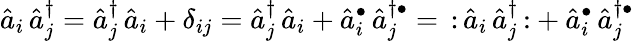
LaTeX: {\hat{a}}_{i}\, {\hat{a}}_{j}^{\dagger}={\hat{a}}_{j}^{\dagger}\, {\hat{a}}_{i}+\delta_{ij}={\hat{a}}_{j}^{\dagger}\, {\hat{a}}_{i}+{\hat{a}}_{i}^{\bullet}\, {\hat{a}}_{j}^{\dagger\bullet}=\, {\mathopen{:}}\, {\hat{a}}_{i}\, {\hat{a}}_{j}^{\dagger}\, {\mathclose{:}}+{\hat{a}}_{i}^{\bullet}\, {\hat{a}}_{j}^{\dagger\bullet}